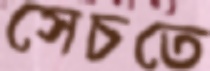
সেচতে